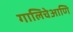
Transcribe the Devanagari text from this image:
गालिचेआणि